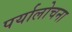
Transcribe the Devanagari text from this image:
पर्यालोचना